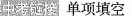
中考链接 单项填空